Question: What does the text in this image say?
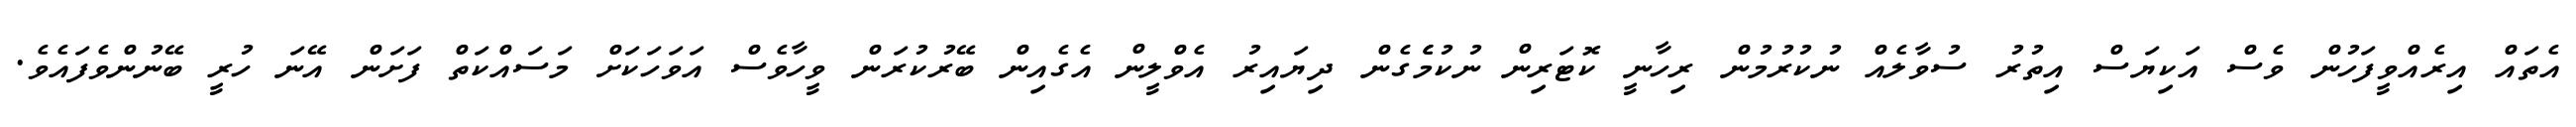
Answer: އެތައް އިރެއްވީފަހުން ވެސް އަކިޔަސް އިތުރު ސުވާލެއް ނުކުރުމުން ރިހާނީ ކޮޓަރިން ނުކުމެެގެން ދިޔައިރު އެވްލީން އެގެއިން ބޭރުކުރަން ވީހާވެސް އަވަހަކަށް މަސައްކަތް ފަށަން އޭނަ ހުރީ ބޭނުންވެފައެވެ.